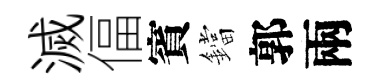
滅偪賓鐺郭兩